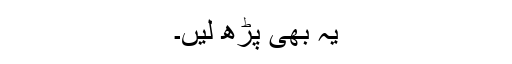
یہ بھی پڑھ لیں۔